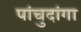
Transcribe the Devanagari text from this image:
पांचुदांगा